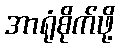
အာရုံစိုက်ဖို့